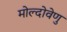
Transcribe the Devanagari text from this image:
मोल्दोवेणु